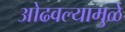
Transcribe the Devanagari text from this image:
ओढवल्यामुळे